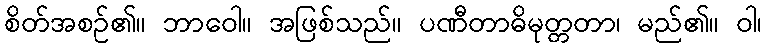
စိတ်အစဉ်၏။ ဘာဝေါ။ အဖြစ်သည်။ ပဏီတာဓိမုတ္တတာ၊ မည်၏။ ဝါ၊